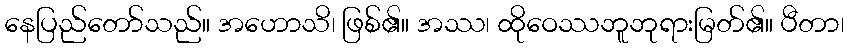
နေပြည်တော်သည်။ အဟောသိ၊ ဖြစ်၏။ အဿ၊ ထိုဝေဿဘူဘုရားမြတ်၏။ ပီတာ၊